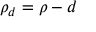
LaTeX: \rho _ { d } = \rho - d